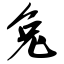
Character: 兔